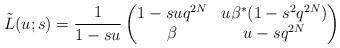
LaTeX: \begin{align*}\tilde{L}(u; s)=\frac{1}{1-su}\begin{pmatrix} 1-suq^{2N} & u\beta^{*}(1-s^2 q^{2N}) \\ \beta & u-sq^{2N} \end{pmatrix} \end{align*}